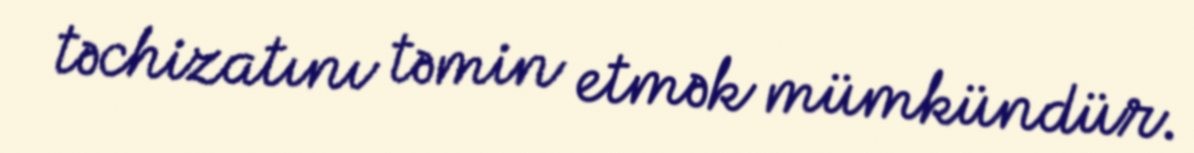
təchizatını təmin etmək mümkündür.